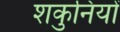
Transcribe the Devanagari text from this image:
शकुनियों